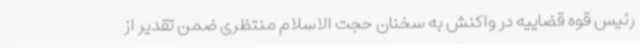
رئیس قوه قضاییه در واکنش به سخنان حجت الاسلام منتظری ضمن تقدیر از